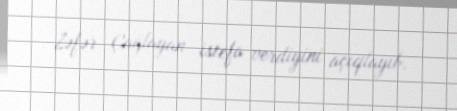
Zəfər Çağlayan istefa verdiyini açıqlayıb.